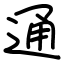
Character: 通